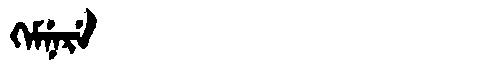
Manchu: ᡴᡝᠮᠨᡝᡵᡝ
Romanization: KEMNERE